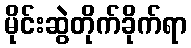
မိုင်းဆွဲတိုက်ခိုက်ရာ